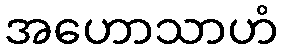
အဟောသာဟံ